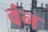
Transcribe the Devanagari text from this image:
वंन